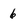
Character: 6